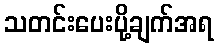
သတင်းပေးပို့ချက်အရ